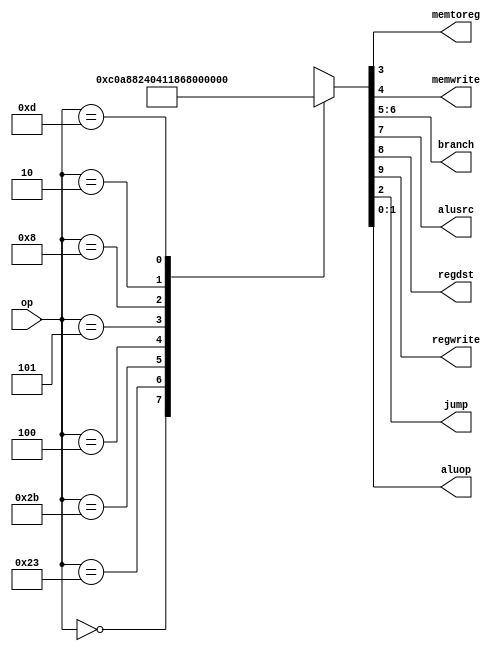
module maindec(input [5:0] op,
              output memtoreg, memwrite,
              output [1:0] branch,
              output alusrc, regdst, regwrite,
              output jump,
              output [1:0] aluop);
  reg [9:0] controls;

  assign {regwrite, regdst, alusrc,
          branch, memwrite,
          memtoreg, jump, aluop} = controls;

  always @ (*)
    case(op)
    6'b000000: controls <= 10'b1100000010; //Rtyp
    6'b100011: controls <= 10'b1010001000; //LW
    6'b101011: controls <= 10'b0010010000; //SW
    6'b000100: controls <= 10'b0001000001; //BEQ
    6'b000101: controls <= 10'b0001100001; //BNE
    6'b001000: controls <= 10'b1010000000; //ADDI
    6'b000010: controls <= 10'b0000000100; //J
    6'b001101: controls <= 10'b1010000011; //ORI (Our implementation)
    default: controls <= 10'bxxxxxxxxxx; //???
    endcase
endmodule